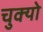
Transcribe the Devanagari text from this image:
चुक्यो